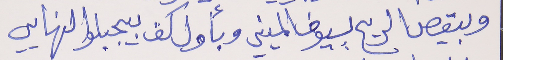
وبيقص الريح بسيوف المنيي     وبأول كف بيجبلو النهايي